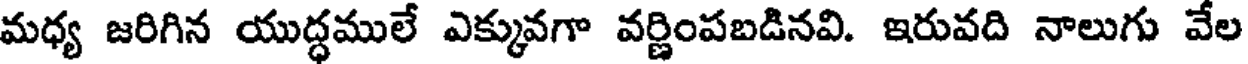
మధ్య జరిగిన యుద్ధములే ఎక్కువగా వర్ణింపబడినవి. ఇరువది నాలుగు వేల